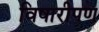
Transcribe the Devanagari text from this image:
विषारीपण